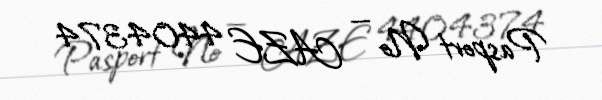
Pasport № — AZE 4404374